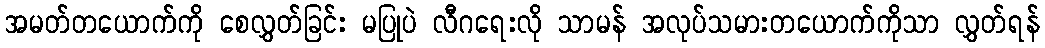
အမတ်တယောက်ကို စေလွှတ်ခြင်း မပြုပဲ လီဂရေးလို သာမန် အလုပ်သမားတယောက်ကိုသာ လွှတ်ရန်